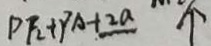
P F _ { 2 } + P A + 2 a \uparrow